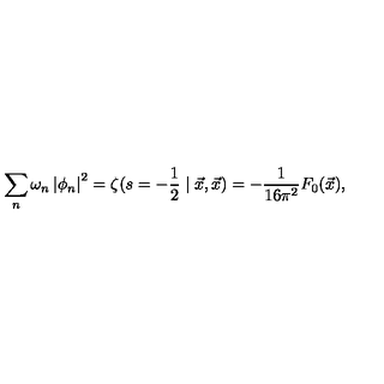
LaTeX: \sum _ { n } \omega _ { n } \left| \phi _ { n } \right| ^ { 2 } = \zeta ( s = - \frac { 1 } { 2 } \mid \vec { x } , \vec { x } ) = - \frac { 1 } { 1 6 \pi ^ { 2 } } F _ { 0 } ( \vec { x } ) ,